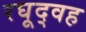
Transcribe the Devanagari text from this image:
रघूद्वह